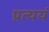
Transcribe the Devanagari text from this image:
प्रत्ययं